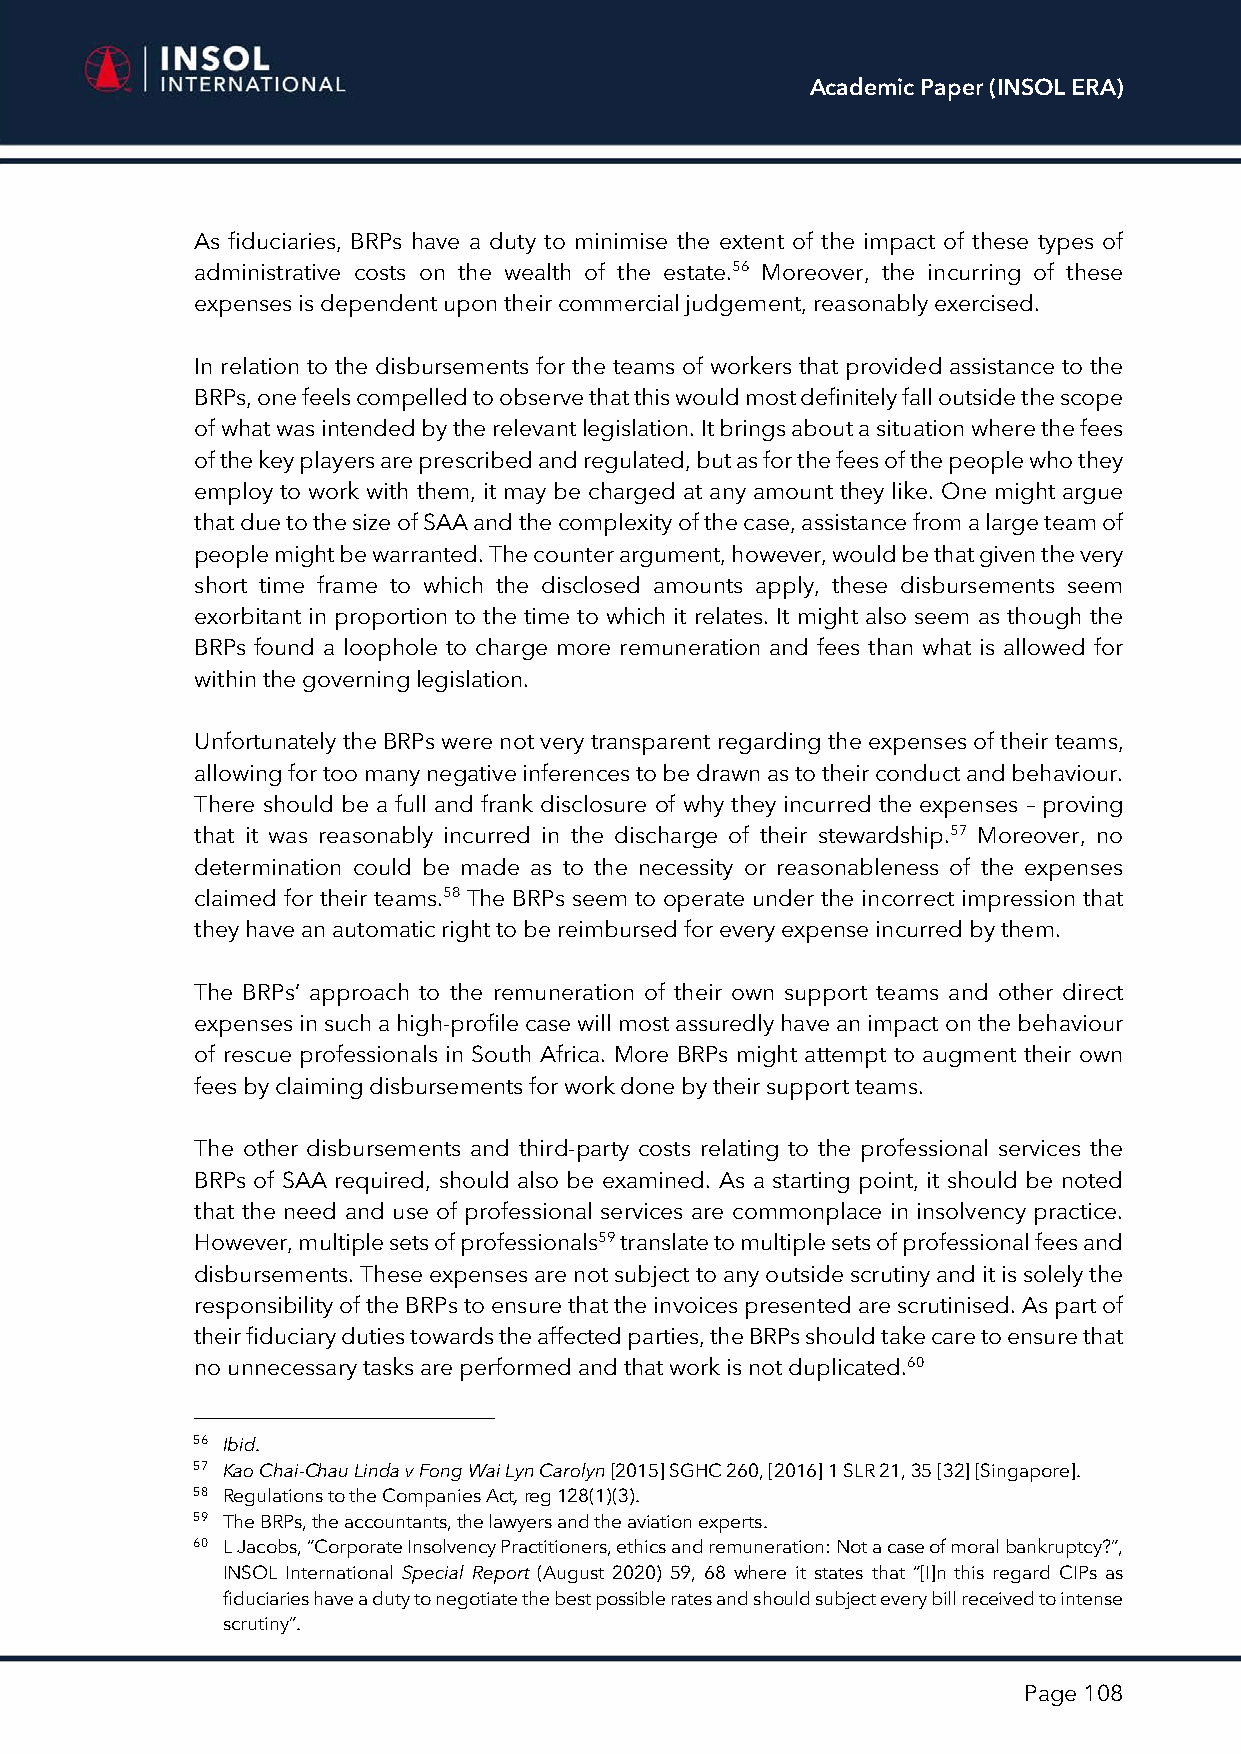
Academic Paper (INSOL ERA)
 As fiduciaries, BRPs have a duty to minimise the extent of the impact of these types of
 administrative costs on the wealth of the estate.56 Moreover, the incurring of these
 expenses is dependent upon their commercial judgement, reasonably exercised.
 In relation to the disbursements for the teams of workers that provided assistance to the
 BRPs, one feels compelled to observe that this would most definitely fall outside the scope
 of what was intended by the relevant legislation. It brings about a situation where the fees
 of the key players are prescribed and regulated, but as for the fees of the people who they
 employ to work with them, it may be charged at any amount they like. One might argue
 that due to the size of SAA and the complexity of the case, assistance from a large team of
 people might be warranted. The counter argument, however, would be that given the very
 short time frame to which the disclosed amounts apply, these disbursements seem
 exorbitant in proportion to the time to which it relates. It might also seem as though the
 BRPs found a loophole to charge more remuneration and fees than what is allowed for
 within the governing legislation.
 Unfortunately the BRPs were not very transparent regarding the expenses of their teams,
 allowing for too many negative inferences to be drawn as to their conduct and behaviour.
 There should be a full and frank disclosure of why they incurred the expenses – proving
 that it was reasonably incurred in the discharge of their stewardship.57 Moreover, no
 determination could be made as to the necessity or reasonableness of the expenses
 claimed for their teams.58 The BRPs seem to operate under the incorrect impression that
 they have an automatic right to be reimbursed for every expense incurred by them.
 The BRPs’ approach to the remuneration of their own support teams and other direct
 expenses in such a high-profile case will most assuredly have an impact on the behaviour
 of rescue professionals in South Africa. More BRPs might attempt to augment their own
 fees by claiming disbursements for work done by their support teams.
 The other disbursements and third-party costs relating to the professional services the
 BRPs of SAA required, should also be examined. As a starting point, it should be noted
 that the need and use of professional services are commonplace in insolvency practice.
 However, multiple sets of professionals59 translate to multiple sets of professional fees and
 disbursements. These expenses are not subject to any outside scrutiny and it is solely the
 responsibility of the BRPs to ensure that the invoices presented are scrutinised. As part of
 their fiduciary duties towards the affected parties, the BRPs should take care to ensure that
 no unnecessary tasks are performed and that work is not duplicated.60
 56 Ibid.
 57 Kao Chai-Chau Linda v Fong Wai Lyn Carolyn [2015] SGHC 260, [2016] 1 SLR 21, 35 [32] [Singapore].
 58 Regulations to the Companies Act, reg 128(1)(3).
 59 The BRPs, the accountants, the lawyers and the aviation experts.
 60 L Jacobs, “Corporate Insolvency Practitioners, ethics and remuneration: Not a case of moral bankruptcy?”,
 INSOL International Special Report (August 2020) 59, 68 where it states that “[I]n this regard CIPs as
 fiduciaries have a duty to negotiate the best possible rates and should subject every bill received to intense
 scrutiny”.
 Page 108